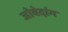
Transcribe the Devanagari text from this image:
जोवेदांग